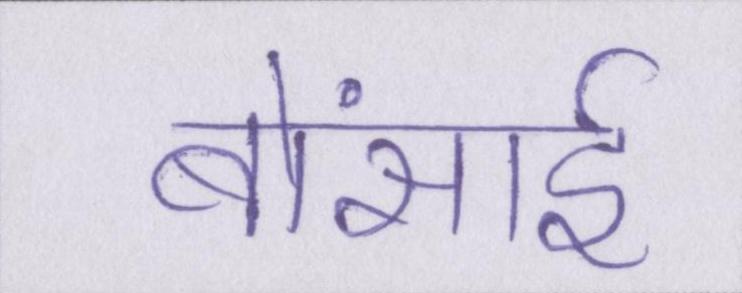
बोंसाई